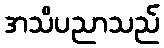
အသိပညာသည်